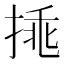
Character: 𢯀